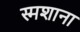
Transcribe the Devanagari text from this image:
स्मशाना